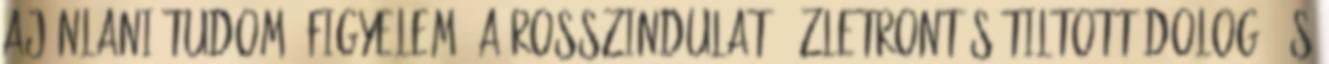
ajánlani tudom. Figyelem: a rosszindulatú üzletrontás tiltott dolog, és